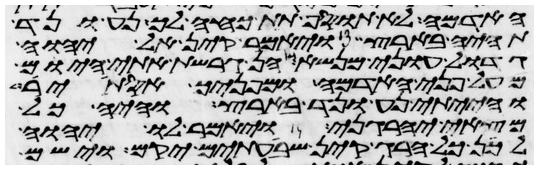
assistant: האדמה לא תוסיף תת כחה לך נע ונד
תהיה בארץ ויאמר קין אל יהוה
גדול עוני מנשא הן גרשת אתי היום
מעל פני האדמה ומפניך אסתיר
והייתי נע ונד בארץ והיה כל
מצאי יהרגני ויאמר לו יהוה
לכן כל הרג קין שבעתים יקם וישם